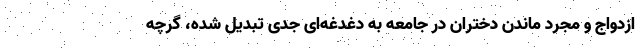
ازدواج و مجرد ماندن دختران در جامعه به دغدغه‌ای جدی تبدیل شده، گرچه